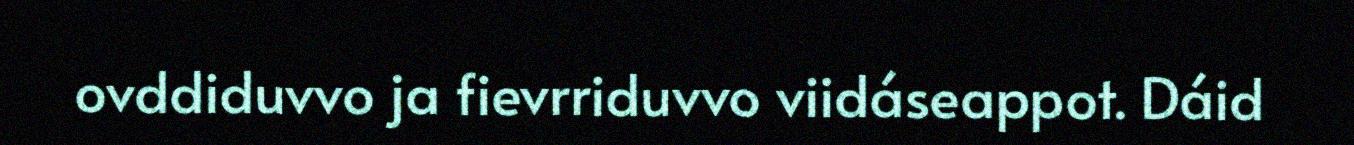
ovddiduvvo ja fievrriduvvo viidáseappot. Dáid